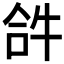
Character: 𤙖